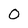
Character: 0